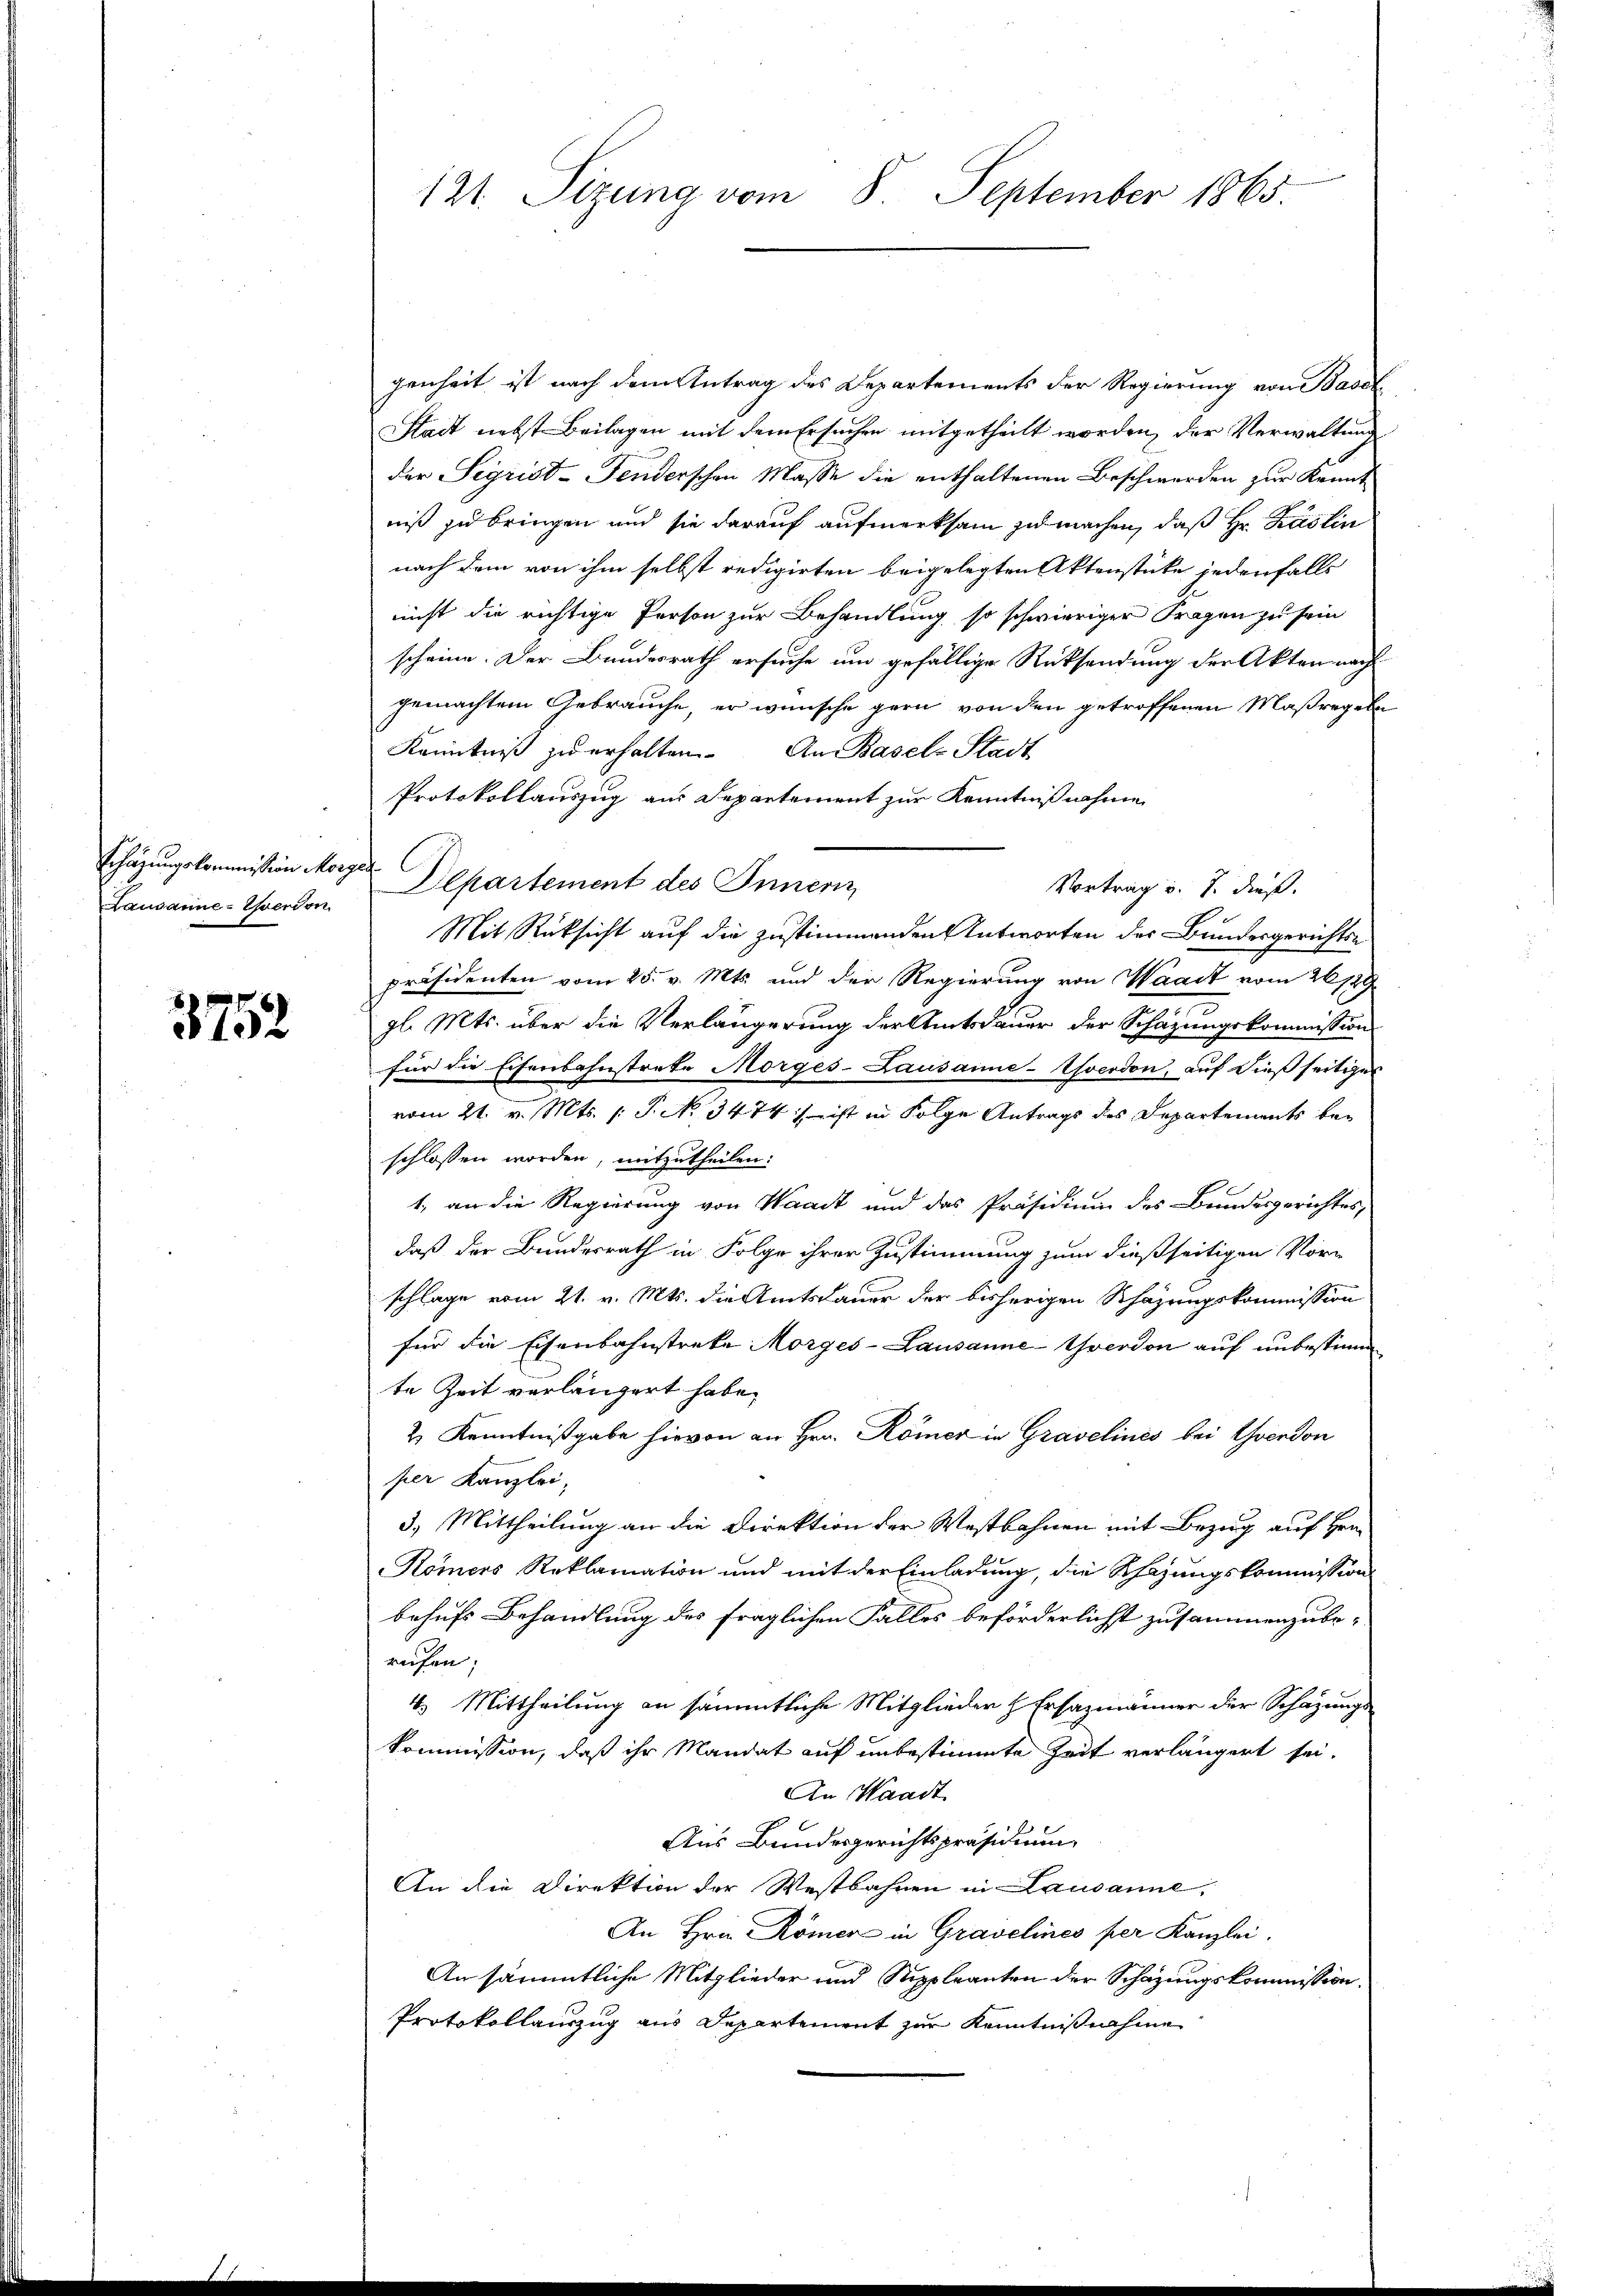
Schazungskommission Morg
Lausanne-Everdon

3752

121. Sizung vom 8. September 1865.

genheit ist nach dem Antrag des Departements der Regierung von Basel
Stadt nebst Beilagen mit dem Ersuchen mitgetheilt worden, der Verwaltung
der Sigrist-Fenderschen Masse die enthaltenen Beschwerden zur Kennt
niß zu bringen und sie darauf aufmerksam zu machen, daß Hr. Käslin
nach dem von ihm selbst redigirten beigelegten Aktenstüke jedenfalls
nicht die richtige Person zur Behandlung so schwieriger Fragen zu sein
scheine. Der Bundesrath ersuche um gefällige Rücksendung der Akten nach
gemachtem Gebrauche, er wünsche gern von den getroffenen Maßregeln
Kenntniß zu erhalten. An Basel-Stadt
Protokollauszug am Separtement zur Kenntnißnahme
Departement des Innern,
Vortrag und 7. dieß.
Mit Rücksicht auf die zustimmenden Antworten des Bundesgerichts-
präsidenten vom 25. v. Mts. und der Regierung von Waadt vom 26 189
.
gl. Mts. über die Verlängerung der Amtsdauer der Schazungskommission
für die Eisenbahnstrate Morges-Lausanne-Yverdon, auf dießseitiges
vom 21. v. Mts. (T. N. 3474) ist in Folge Antrags des Departements beschlossen worden, mitzutheilen:
1. an die Regierung von Waadt und das Präsidium des Bundesgerichtes,
daß der Bundesrath in Folge ihrer Zustimmung zum dießseitigen Vor-
schlage vom 21. v. Mts. die Amtsdauer der bisherigen Schazungskommission
für die Eisenbahnstreke Morges-Lausanne-Yverdon auf unbestimm
te Zeit verlängert habe.
2 Kenntnißgabe hievon an Hrn. Römer in Gravelines bei verdon
per Kanzlei,
3.) Mittheilung an die Direktion der Westbahnen mit Bezug auf Hrn.
Kömers Reklamation und mit der Einladung, die Schazungskommission
behufs Behandlung des fraglichen Falles beförderlichst zusammenzube-
rufen;
4. Mittheilung an sämmtliche Mitglieder h. Ersazmänner der Schazungs-
kommission, daß ihr Mandat auf unbestimmte Zeit verlängert sei.
An Waadt
Aus Bundesgerichtspräsidium
An die Direktion der Westbahnen in Lausanne,
An Hrn. Römer in Gravelines per Kanzlei.
An sämmtliche Mitglieder und Stippleanten der Schazungskommission.
Protokollauszug aus Departement zur Kenntnißnahme